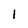
Character: 1